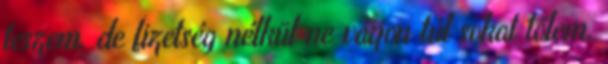
teszem. de fizetség nélkül ne várjon túl sokat tőlem.